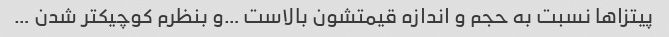
پیتزاها نسبت به حجم و اندازه قیمتشون بالاست …و بنظرم کوچیکتر شدن …